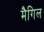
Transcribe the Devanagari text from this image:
मैगिल